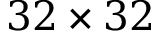
3 2 \times 3 2